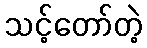
သင့်တော်တဲ့